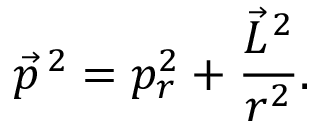
\vec { p } ^ { \, 2 } = p _ { r } ^ { 2 } + \frac { \vec { L } ^ { \, 2 } } { r ^ { 2 } } .